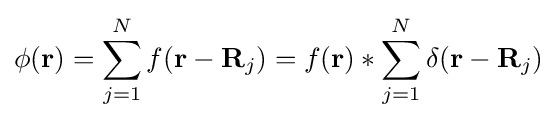
\phi (\mathbf {r} )=\sum _{j=1}^{N}f(\mathbf {r} -\mathbf {R} _{j})=f(\mathbf {r} )\ast \sum _{j=1}^{N}\delta (\mathbf {r} -\mathbf {R} _{j})